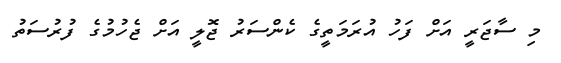
މި ސާޖަރީ އަށް ފަހު އުރަމަތީގެ ކެންސަރު ޖޮލީ އަށް ޖެހުމުގެ ފުރުސަތު